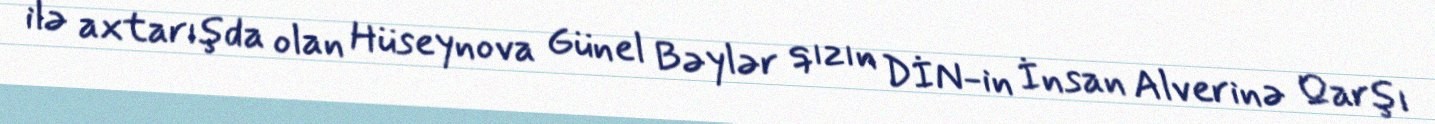
ilə axtarışda olan Hüseynova Günel Bəylər qızın DİN-in İnsan Alverinə Qarşı